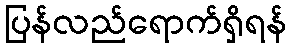
ပြန်လည်ရောက်ရှိရန်